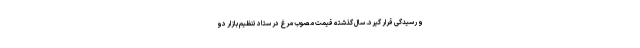
و رسیدگی قرار گیرد. سال گذشته قیمت مصوب مرغ در ستاد تنظیم بازار دو